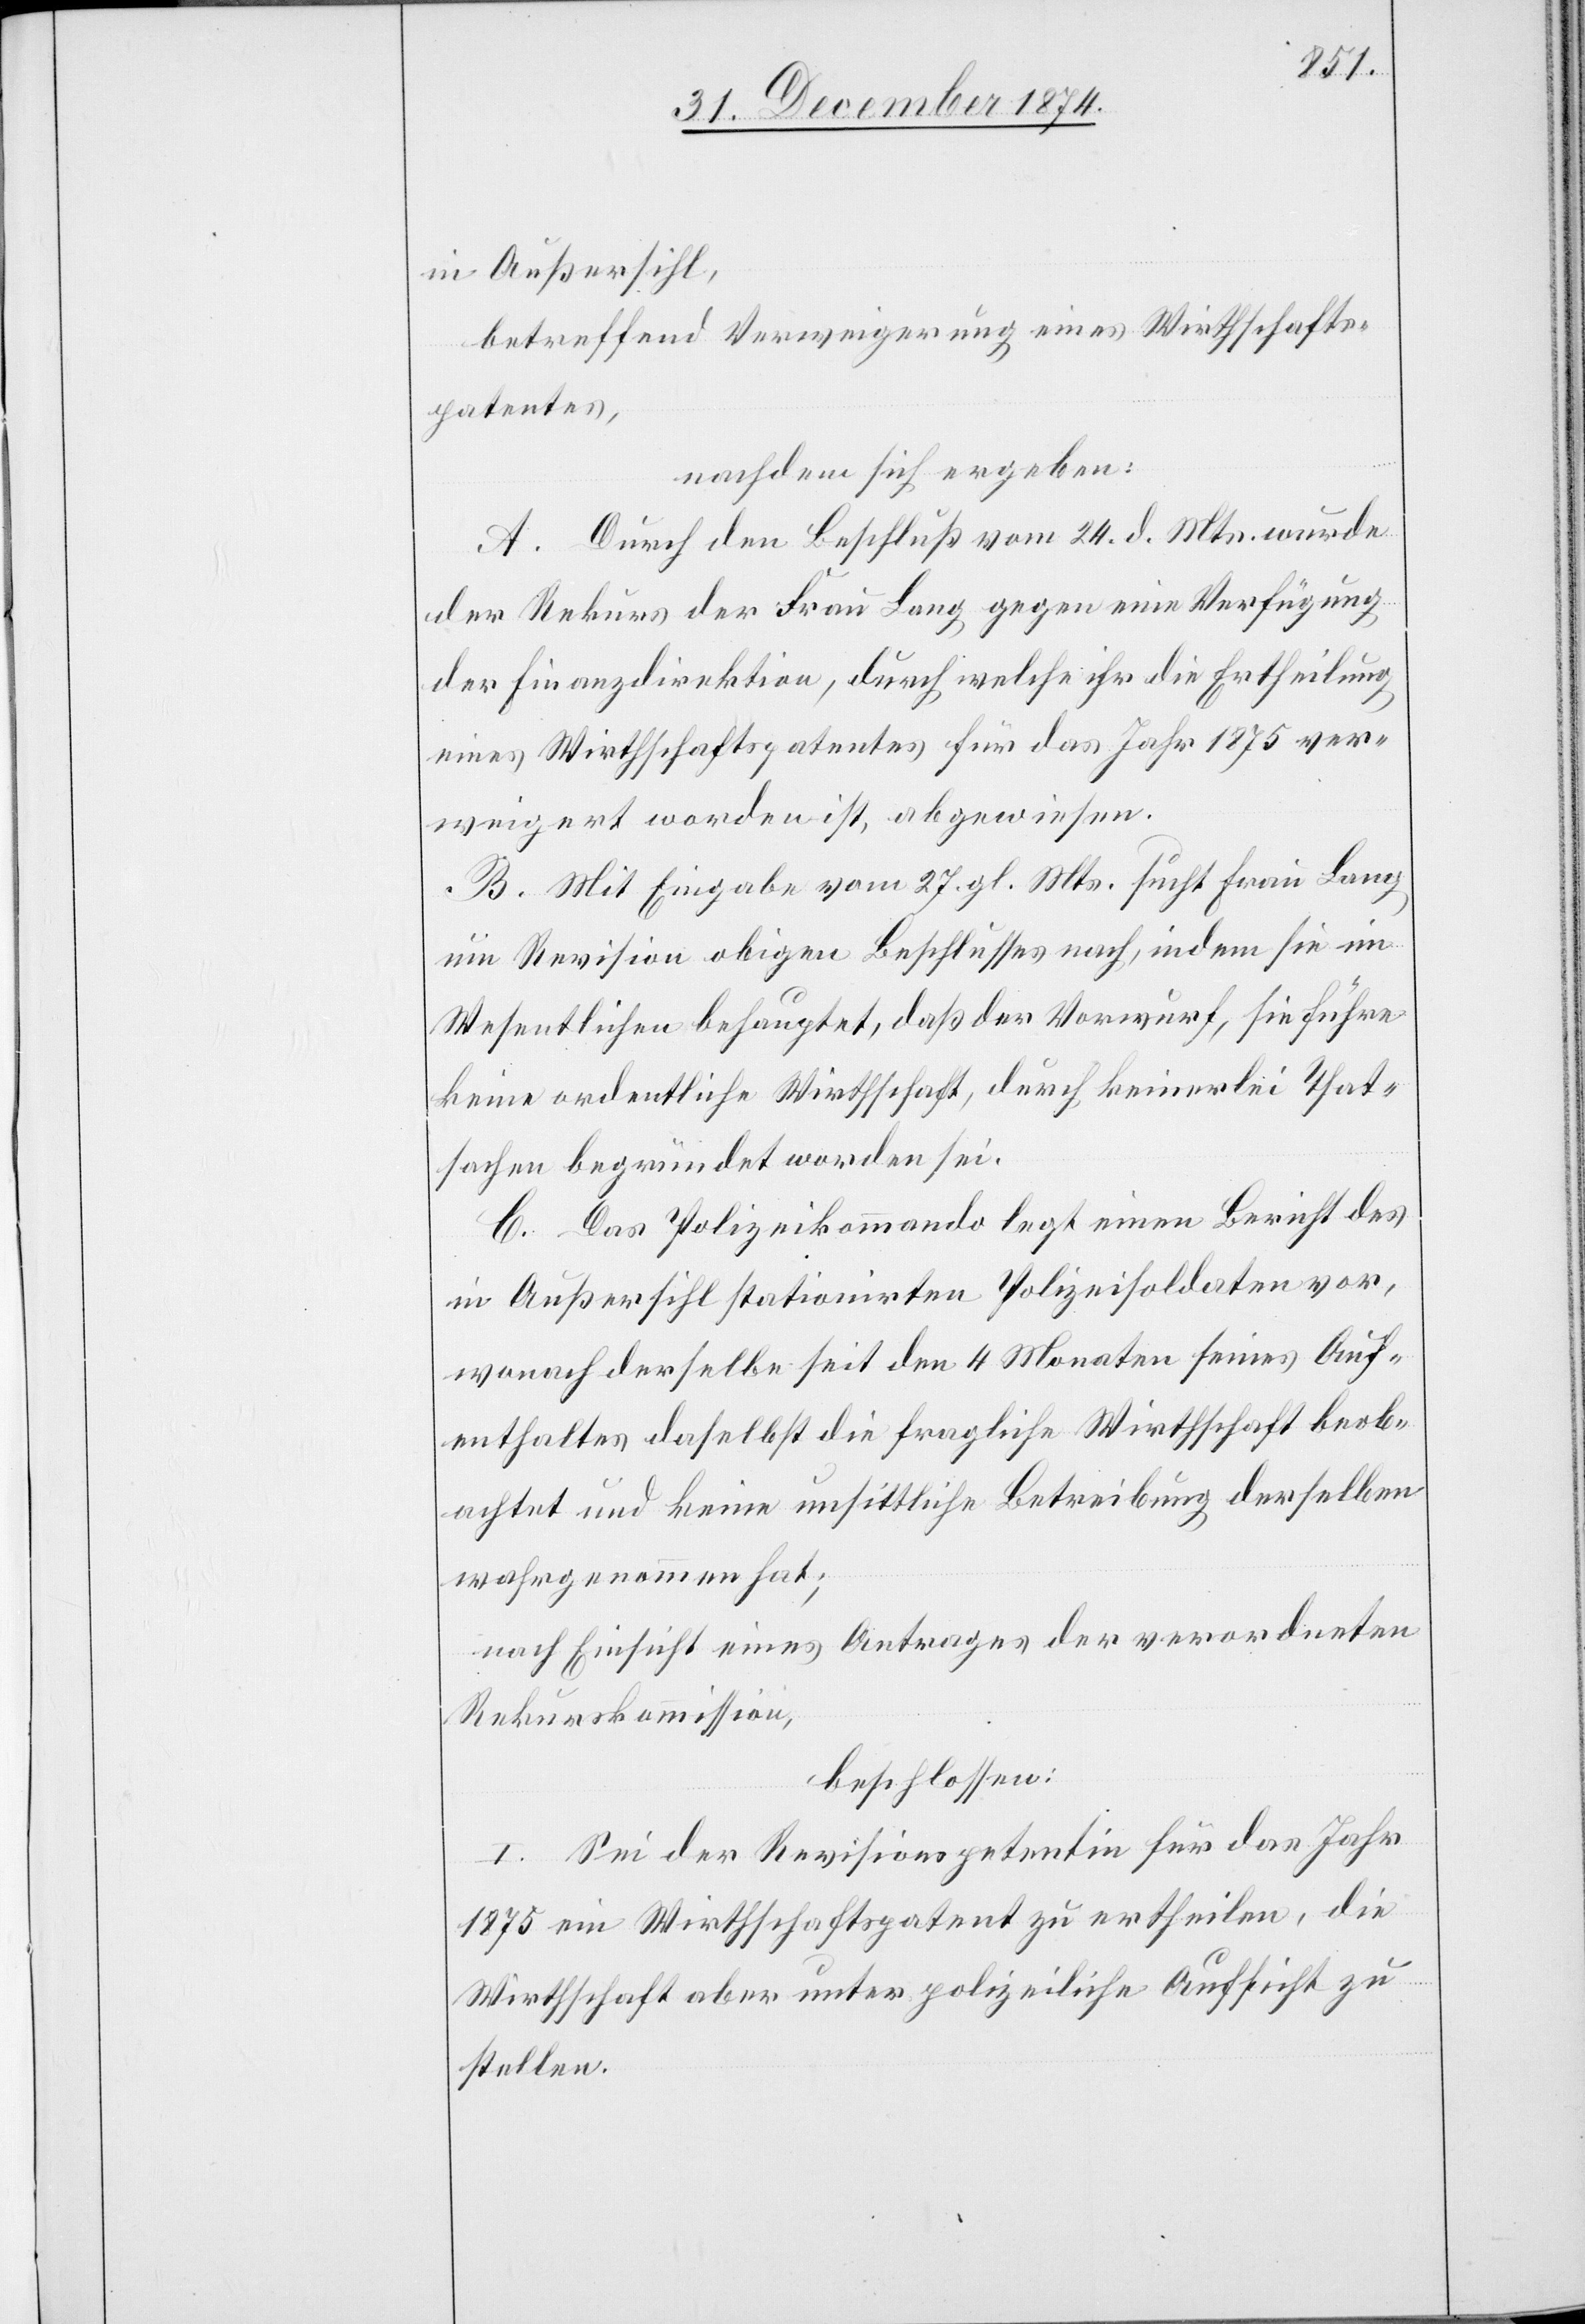
in Außersihl,
betreffend Verweigerung eines Wirthschafts¬
patentes,
nachdem sich ergeben:
A. Durch den Beschluß vom 24. d. Mts. wurde
der Rekurs der Frau Lang gegen eine Verfügung
der Finanzdirektion, durch welche ihr die Ertheilung
eines Wirthschaftspatentes für das Jahr 1875 ver¬
weigert worden ist, abgewiesen.
B. Mit Eingabe vom 27. gl. Mts. sucht Frau Lang
um Revision obigen Beschlusses nach, indem sie im
Wesentlichen behauptet, daß der Vorwurf, sie führe
keine ordentliche Wirthschaft, durch keinerlei That¬
sachen begründet worden sei.
C. Das Polizeikommando legt einen Bericht des
in Außersihl stationirten Polizeisoldaten vor,
wonach derselbe seit den 4 Monaten seines Auf¬
enthaltes daselbst die fragliche Wirthschaft beob¬
achtet und keine unsittliche Betreibung derselben
wahrgenommen hat;
nach Einsicht eines Antrages der verordneten
Rekurskommission,
beschlossen:
I. Sei der Revisionspetentin für das Jahr
1875 ein Wirthschaftspatent zu ertheilen, die
Wirthschaft aber unter polizeiliche Aufsicht zu
stellen.